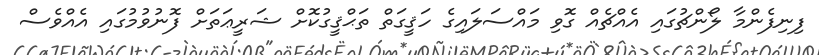
ފިނިފެންމާ ލޯންޗުގައި އެއްޗެއް ގޮވި މައްސަލައިގެ ހަޤީގަތް ތަޙްޤީގުކޮށް ޝަރީޢަތަށް ފޮނުވުމުގައި އެއްވެސް